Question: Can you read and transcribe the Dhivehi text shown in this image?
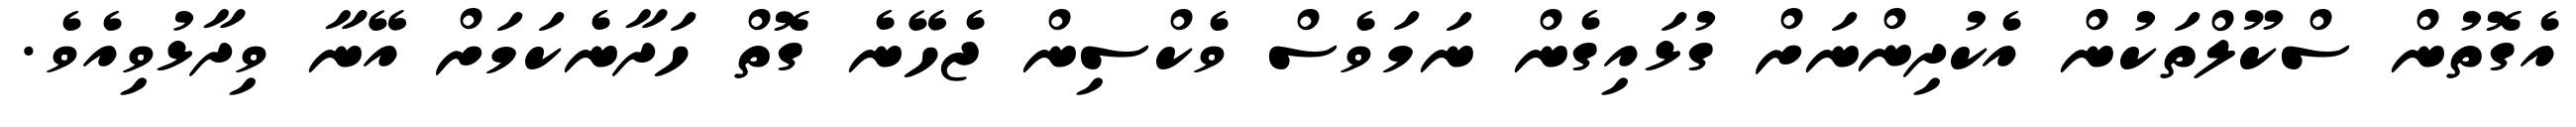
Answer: އެގޮތުން ސްކޫލްތަކުން އެކުދިންނަށް ގުޅައިގެން ނަމަވެސް ވެކްސިން ޖެހޭނެ ގޮތް ހަދާނެކަމަށް އޭނާ ވިދާޅުވިއެވެ.